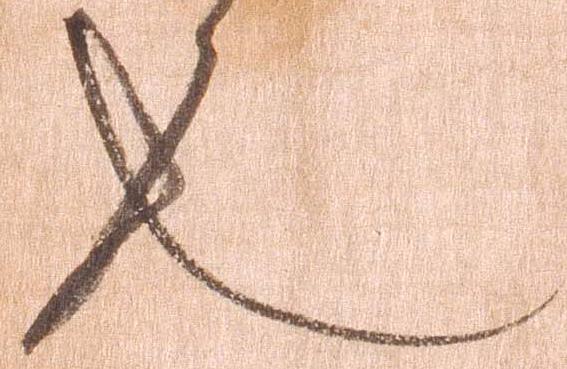
也